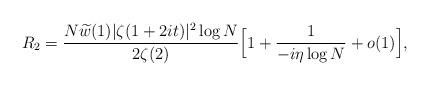
LaTeX: \begin{align*} R_2 = \frac{N\widetilde{w}(1) |\zeta(1+2it)|^2 \log N}{2\zeta(2)} \Big[1 + \frac{1}{-i \eta \log N} + o(1) \Big],\end{align*}